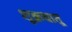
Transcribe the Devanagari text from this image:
शुक्रधातू